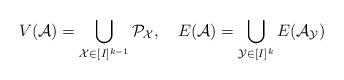
LaTeX: \begin{align*}V(\mathcal A)=\bigcup_{\mathcal X \in [I]^{k-1}}\mathcal {P}_{\mathcal X}, ~~~ E(\mathcal A)=\bigcup_{\mathcal Y\in [I]^{k}} E(\mathcal A_{\mathcal Y})\end{align*}